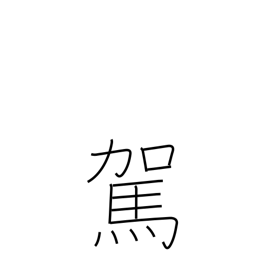
Meaning: hitch up an animal